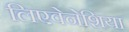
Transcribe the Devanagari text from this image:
लिएवेनेशिया